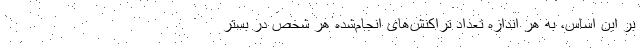
بر این اساس، به هر اندازه تعداد تراکنش‌های انجام‌شده هر شخص در بستر